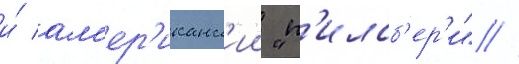
и́ ам'ер'иканск'ии "п'илсб'ер'и" //